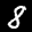
Digit: 8